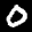
Label: 0